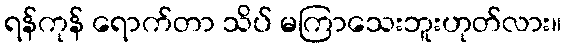
ရန်ကုန် ရောက်တာ သိပ် မကြာသေးဘူးဟုတ်လား။